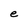
Character: e